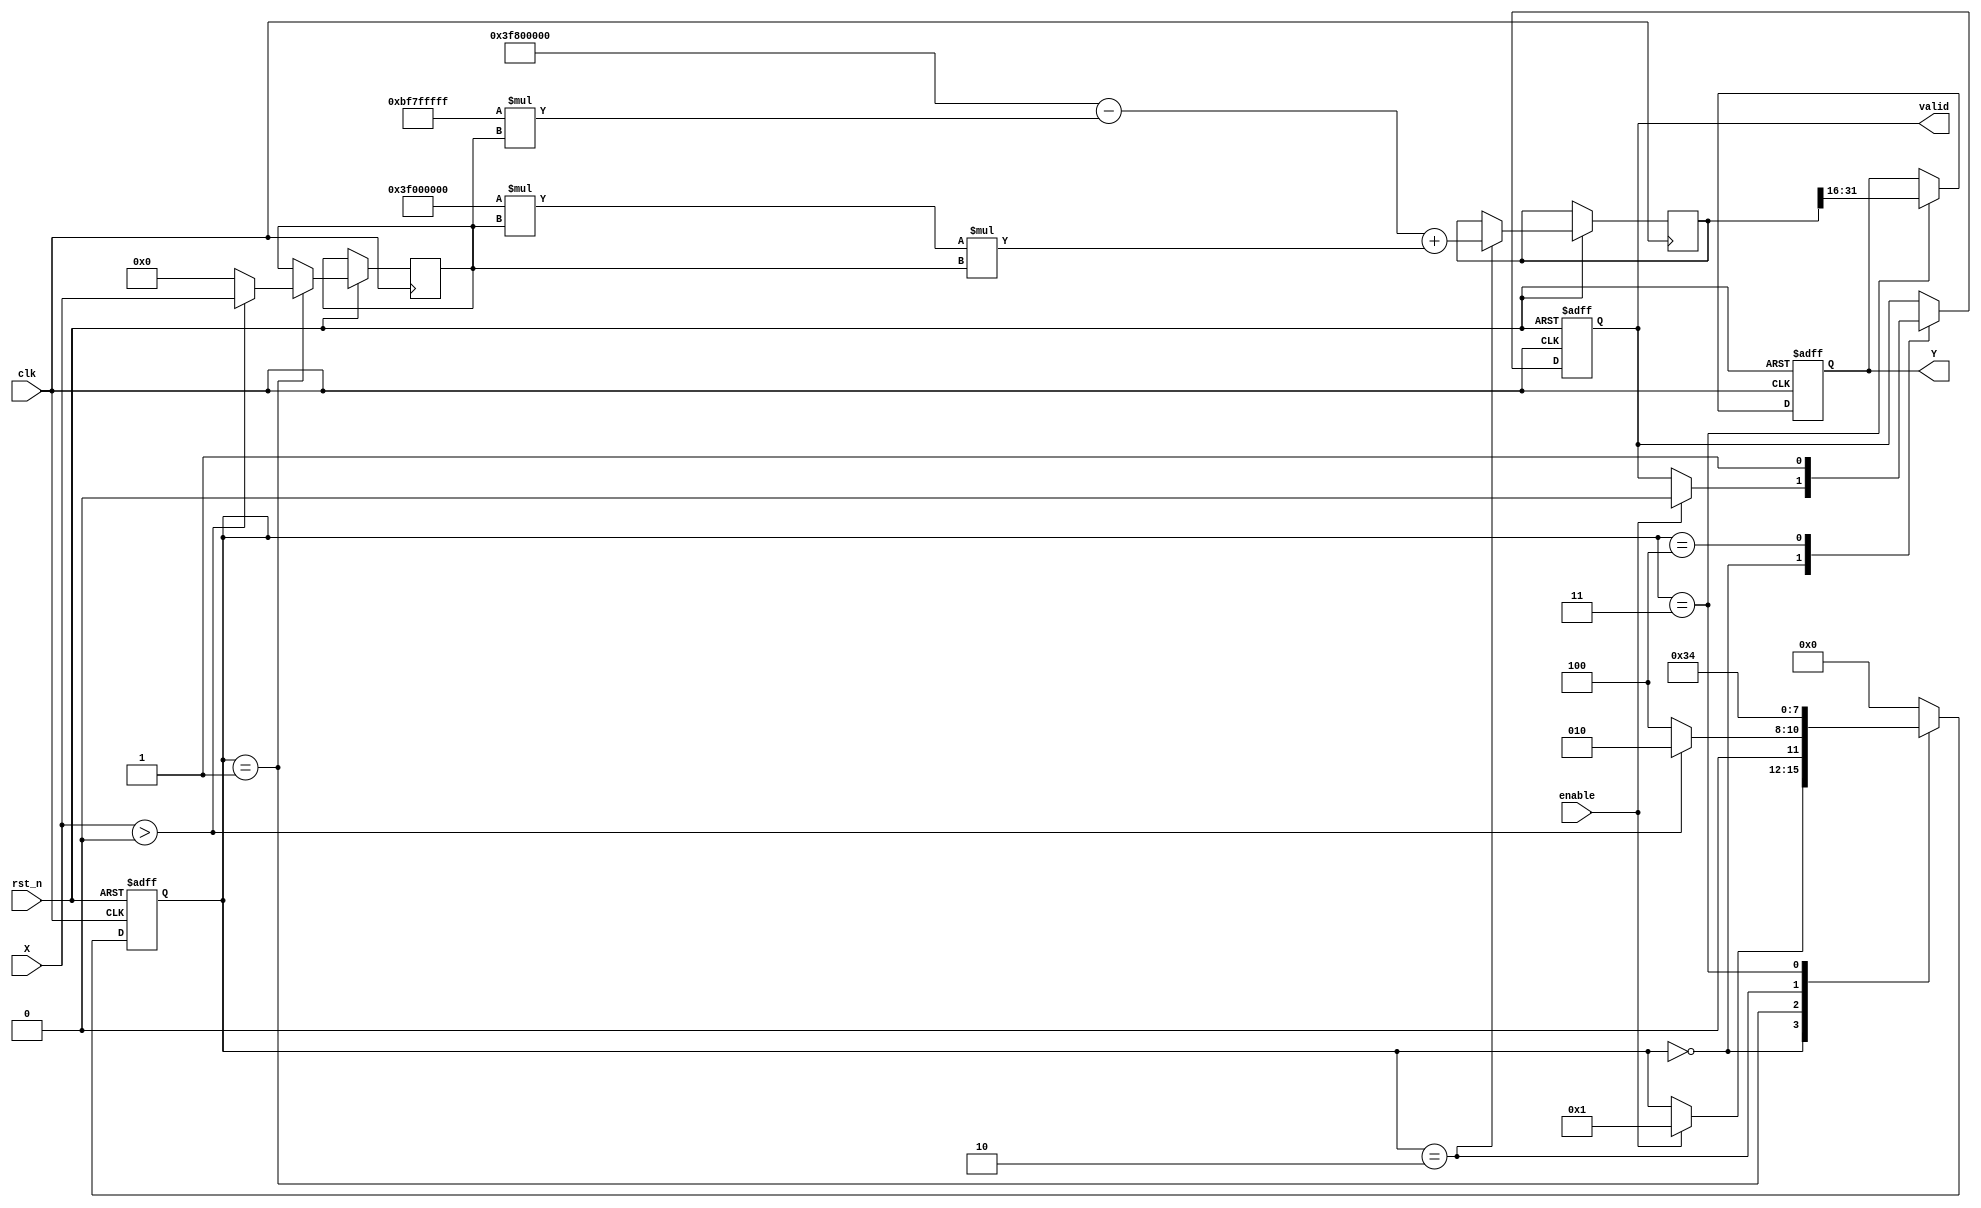
module approx_reciprocal (
    input wire clk,
    input wire rst_n,
    input wire enable,
    input wire [15:0] X,  // 16-bit input
    output reg [15:0] Y,   // 16-bit output
    output reg valid       // Output valid signal
);

    // Internal signals
    reg [15:0] normalized_input;
    reg [31:0] approx_reciprocal; // Intermediate approximation result
    reg [3:0] state;               // State for FSM
    reg [15:0] temp_result;

    // State encoding
    localparam IDLE = 4'b0000,
               NORMALIZE = 4'b0001,
               APPROXIMATE = 4'b0010,
               SCALE = 4'b0011,
               OUTPUT = 4'b0100;

    // Polynomial coefficients for approximation (example coefficients)
    parameter [31:0] A0 = 32'h3F800000; // 1.0
    parameter [31:0] A1 = 32'hBF7FFFFF; // -1.0
    parameter [31:0] A2 = 32'h3F000000; // 0.5

    // FSM for processing
    always @(posedge clk or negedge rst_n) begin
        if (!rst_n) begin
            state <= IDLE;
            Y <= 16'b0;
            valid <= 1'b0;
        end else begin
            case (state)
                IDLE: begin
                    if (enable) begin
                        state <= NORMALIZE;
                        valid <= 1'b0;
                    end
                end

                NORMALIZE: begin
                    // Normalize input (ensure X > 0)
                    if (X > 0) begin
                        normalized_input <= X;
                        state <= APPROXIMATE;
                    end else begin
                        normalized_input <= 16'b0; // Handle invalid input
                        state <= OUTPUT;
                    end
                end

                APPROXIMATE: begin
                    // Simple polynomial approximation for reciprocal
                    // Y = A0 - A1 * normalized_input + A2 * normalized_input^2 (example)
                    approx_reciprocal = A0 - (A1 * normalized_input) + (A2 * normalized_input * normalized_input);
                    state <= SCALE;
                end

                SCALE: begin
                    // Scale the result to fit the output width
                    temp_result = approx_reciprocal[31:16]; // Adjust scaling as needed
                    Y <= temp_result[15:0]; // 16-bit output
                    state <= OUTPUT;
                end

                OUTPUT: begin
                    valid <= 1'b1; // Signal that output is valid
                    state <= IDLE; // Go back to IDLE
                end

                default: state <= IDLE;
            endcase
        end
    end
endmodule